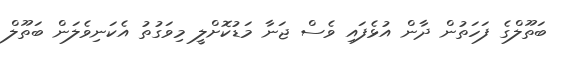
ބަތޫލްގެ ފަހަތުން ދާން އުޅެފައި ވެސް ޖަނާ މަޑުކޮށްލީ މިވަގުތު އެކަނިވެލަން ބަތޫލް